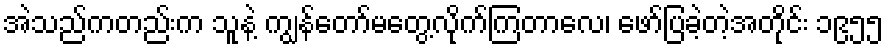
အဲသည်ကတည်းက သူနဲ့ ကျွန်တော်မတွေ့လိုက်ကြတာလေ၊ ဖော်ပြခဲ့တဲ့အတိုင်း ၁၉၅၅